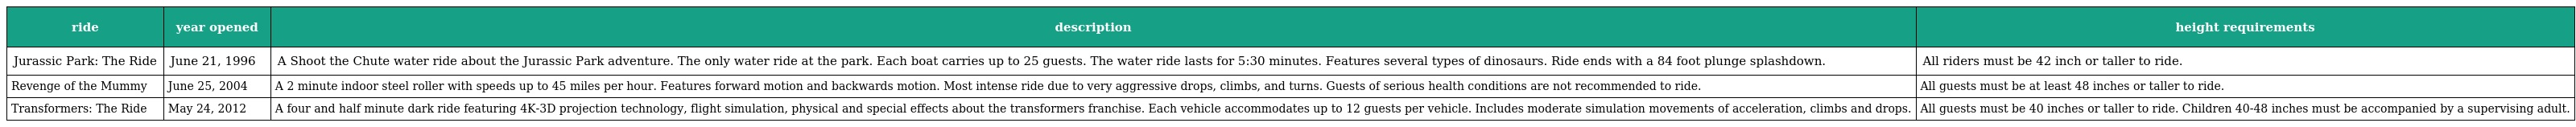
| ride | year opened | description | height requirements |
 | --- | --- | --- | --- |
 | Jurassic Park: The Ride | June 21, 1996 | A Shoot the Chute water ride about the Jurassic Park adventure. The only water ride at the park. Each boat carries up to 25 guests. The water ride lasts for 5:30 minutes. Features several types of dinosaurs. Ride ends with a 84 foot plunge splashdown. | All riders must be 42 inch or taller to ride. |
 | Revenge of the Mummy | June 25, 2004 | A 2 minute indoor steel roller with speeds up to 45 miles per hour. Features forward motion and backwards motion. Most intense ride due to very aggressive drops, climbs, and turns. Guests of serious health conditions are not recommended to ride. | All guests must be at least 48 inches or taller to ride. |
 | Transformers: The Ride | May 24, 2012 | A four and half minute dark ride featuring 4K-3D projection technology, flight simulation, physical and special effects about the transformers franchise. Each vehicle accommodates up to 12 guests per vehicle. Includes moderate simulation movements of acceleration, climbs and drops. | All guests must be 40 inches or taller to ride. Children 40-48 inches must be accompanied by a supervising adult. |